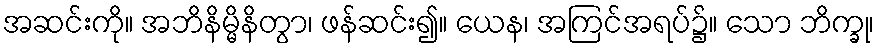
အဆင်းကို။ အဘိနိမ္မိနိတွာ၊ ဖန်ဆင်း၍။ ယေန၊ အကြင်အရပ်၌။ သော ဘိက္ခု၊